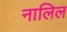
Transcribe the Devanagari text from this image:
नालिल